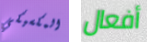
المكسيكي أفعال